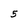
Character: 5